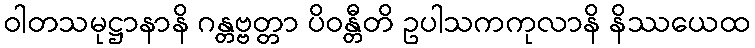
ဝါတသမုဋ္ဌာနာနိ ဂန္တဗ္ဗတ္တာ ပိဝန္တီတိ ဥပါသကကုလာနိ နိဿယေထ